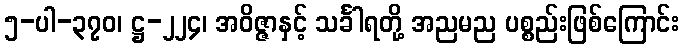
၅-ပါ-၃၇၀၊ ဋ္ဌ-၂၂၄၊ အဝိဇ္ဇာနှင့် သင်္ခါရတို့ အညမည ပစ္စည်းဖြစ်ကြောင်း